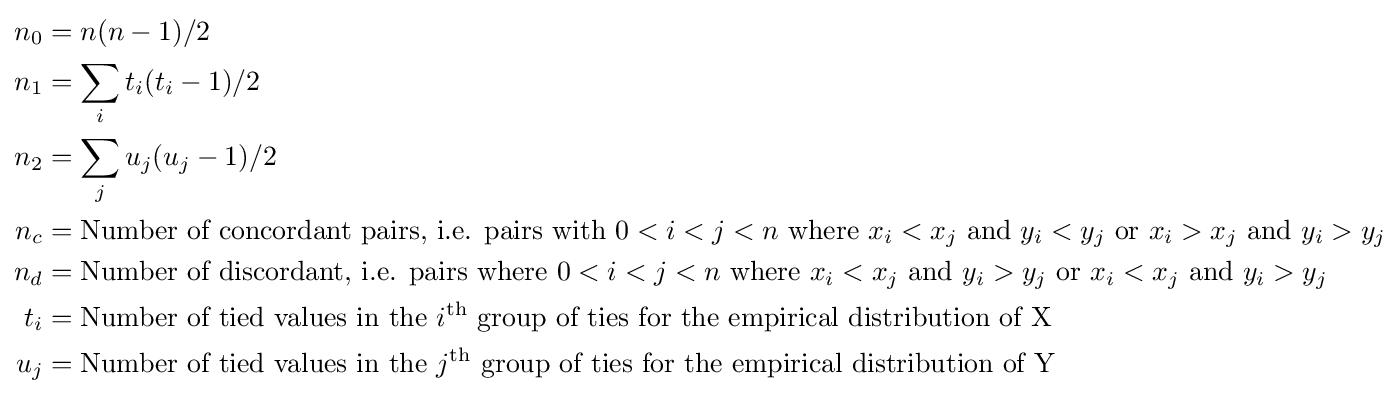
{\begin{aligned}n_{0}&=n(n-1)/2\\n_{1}&=\sum _{i}t_{i}(t_{i}-1)/2\\n_{2}&=\sum _{j}u_{j}(u_{j}-1)/2\\n_{c}&={\text{Number of concordant pairs, i.e. pairs with }}0<i<j<n{\text{ where }}x_{i}<x_{j}{\text{ and }}y_{i}<y_{j}{\text{ or }}x_{i}>x_{j}{\text{ and }}y_{i}>y_{j}\\n_{d}&={\text{Number of discordant, i.e. pairs where }}0<i<j<n{\text{ where }}x_{i}<x_{j}{\text{ and }}y_{i}>y_{j}{\text{ or }}x_{i}<x_{j}{\text{ and }}y_{i}>y_{j}\\t_{i}&={\text{Number of tied values in the }}i^{\text{th}}{\text{ group of ties for the empirical distribution of X}}\\u_{j}&={\text{Number of tied values in the }}j^{\text{th}}{\text{ group of ties for the empirical distribution of Y}}\end{aligned}}